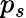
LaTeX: p_{s}